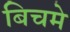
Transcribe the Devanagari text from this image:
बिचमे